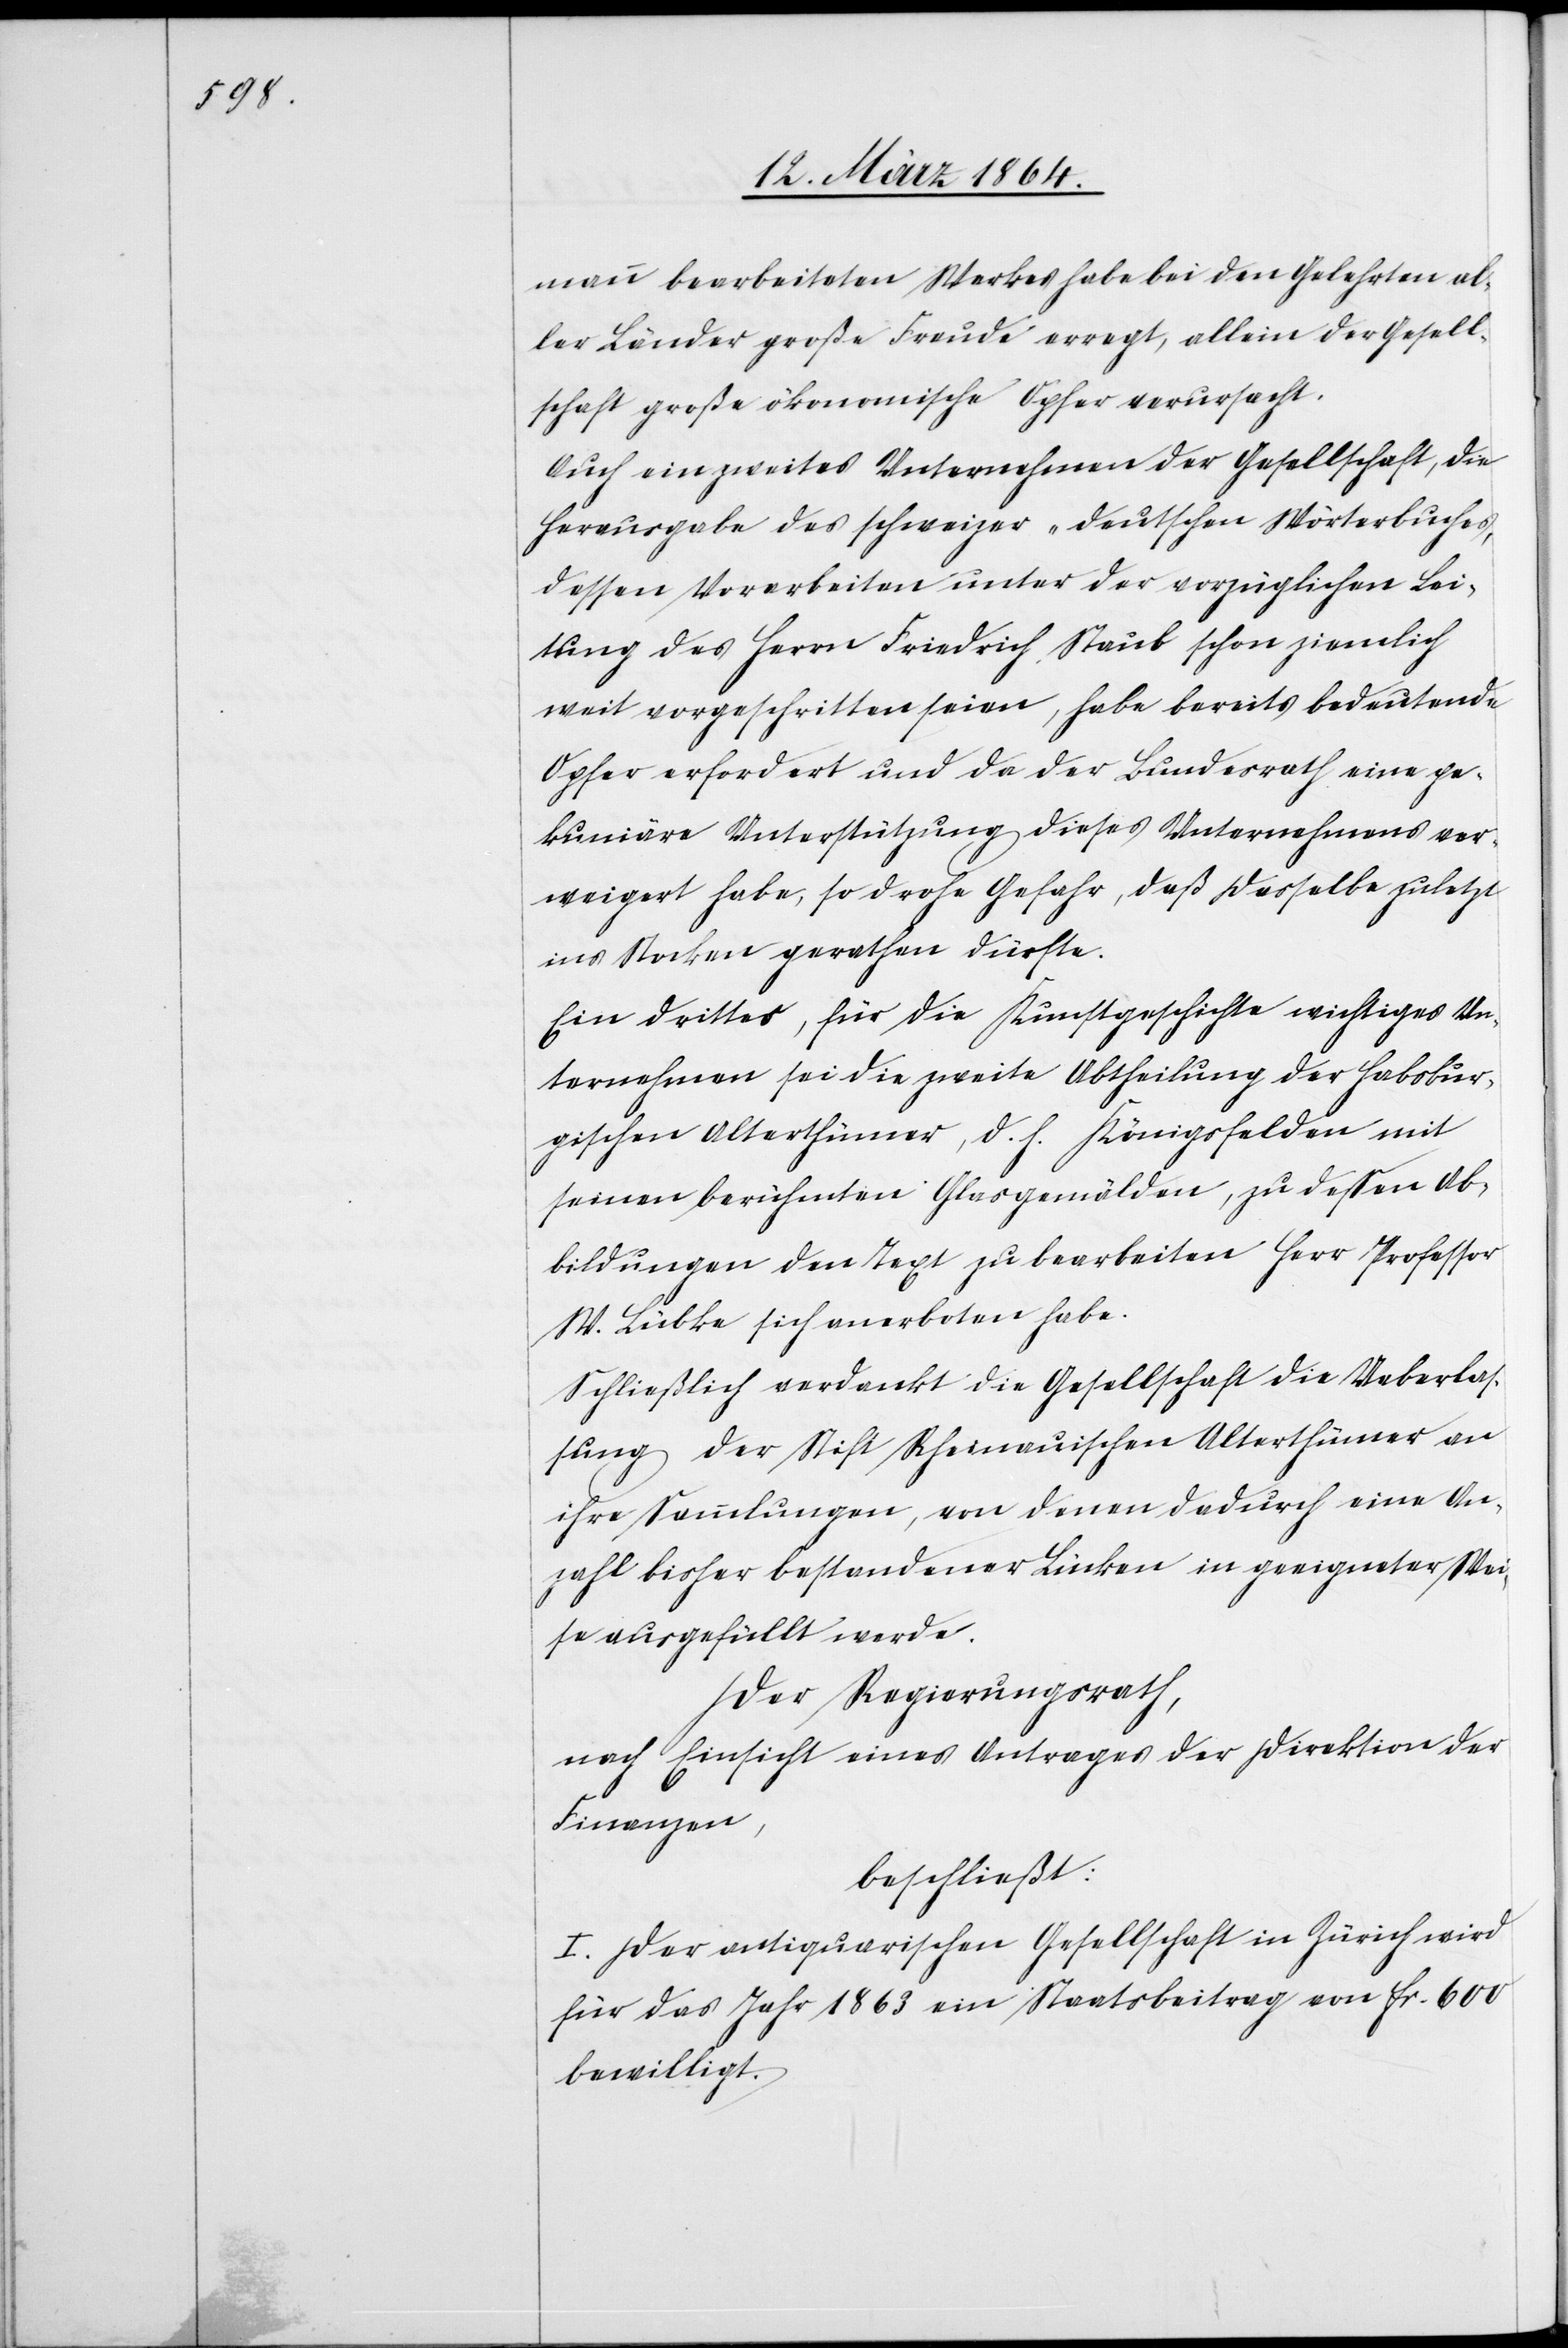
mann bearbeiteten Werkes habe bei den Gelehrten al¬
ler Länder große Freude erregt, allein der Gesell¬
schaft große ökonomische Opfer verursacht.
Auch ein zweites Unternehmen der Gesellschaft, die
Herausgabe des schweizer-deutschen Wörterbuches,
dessen Vorarbeiten unter der vorzüglichen Lei¬
tung des Herrn Friedrich Staub schon ziemlich
weit vorgeschritten seien, habe bereits bedeutende
Opfer erfordert und da der Bundesrath eine pe¬
kuniäre Unterstützung dieses Unternehmens ver¬
weigert habe, so drohe Gefahr, daß dasselbe zuletzt
ins Stocken gerathen dürfte.
Ein drittes, für die Kunstgeschichte wichtiges Un¬
ternehmen sei die zweite Abtheilung der Habsbur¬
gischen Alterthümer, d. h. Königsfelden mit
seinem berühmten Glasgemälden, zu dessen Ab¬
bildungen den Text zu bearbeiten Herr Professor
W. Lübke sich anerboten habe.
Schließlich verdankt die Gesellschaft die Ueberlas¬
sung der Stift Rheinauischen Alterthümer an
ihre Sammlungen, von denen dadurch eine An¬
zahl bisher bestandener Lücken in geeigneter Wei¬
se ausgefüllt werde.
Der Regierungsrath,
nach Einsicht eines Antrages der Direktion der
Finanzen,
beschließt:
I. Der antiquarischen Gesellschaft in Zürich wird
für das Jahr 1863 ein Staatsbeitrag von fr. 600
bewilligt.